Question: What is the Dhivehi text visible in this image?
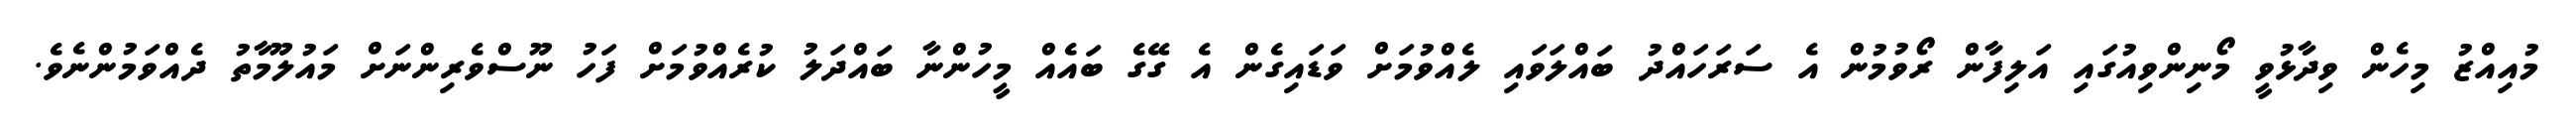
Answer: މުއިއްޒު މިހެން ވިދާޅުވީ މޯނިންވިއުގައި އަލިފާން ރޯވުމުން އެ ސަރަހައްދު ބައްލަވައި ލެއްވުމަށް ވަޑައިގެން އެ ގޭގެ ބައެއް މީހުންނާ ބައްދަލު ކުރެއްވުމަށް ފަހު ނޫސްވެރިންނަށް މައުލޫމާތު ދެއްވަމުންނެވެ.